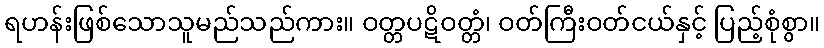
ရဟန်းဖြစ်သောသူမည်သည်ကား။ ဝတ္တပဋိဝတ္တံ၊ ဝတ်ကြီးဝတ်ငယ်နှင့် ပြည့်စုံစွာ။